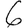
Digit: 6